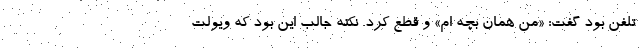
تلفن بود گفت: «من همان بچه ام» و قطع کرد. نکته جالب این بود که ویولت